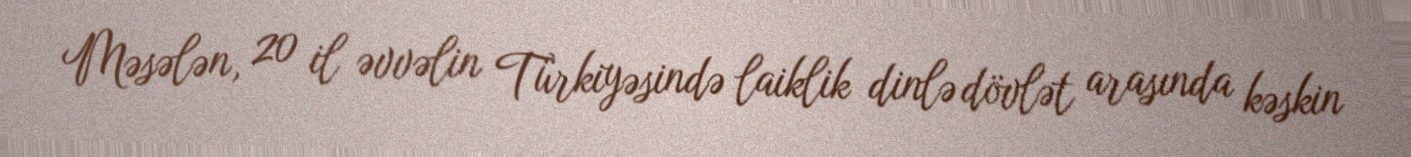
Məsələn, 20 il əvvəlin Türkiyəsində laiklik dinlə dövlət arasında kəskin